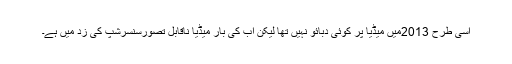
اسی طرح 2013میں میڈیا پر کوئی دبائو نہیں تھا لیکن اب کی بار میڈیا ناقابل تصورسنسرشپ کی زد میں ہے۔